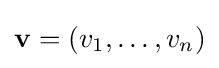
\mathbf {v} =(v_{1},\ldots ,v_{n})